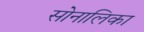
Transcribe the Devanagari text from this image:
सोनालिका